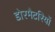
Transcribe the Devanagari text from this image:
डोरमैटरियों